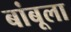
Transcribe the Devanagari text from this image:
बांबूला